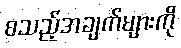
စသည့်အချက်များကို